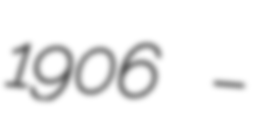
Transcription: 1906 –